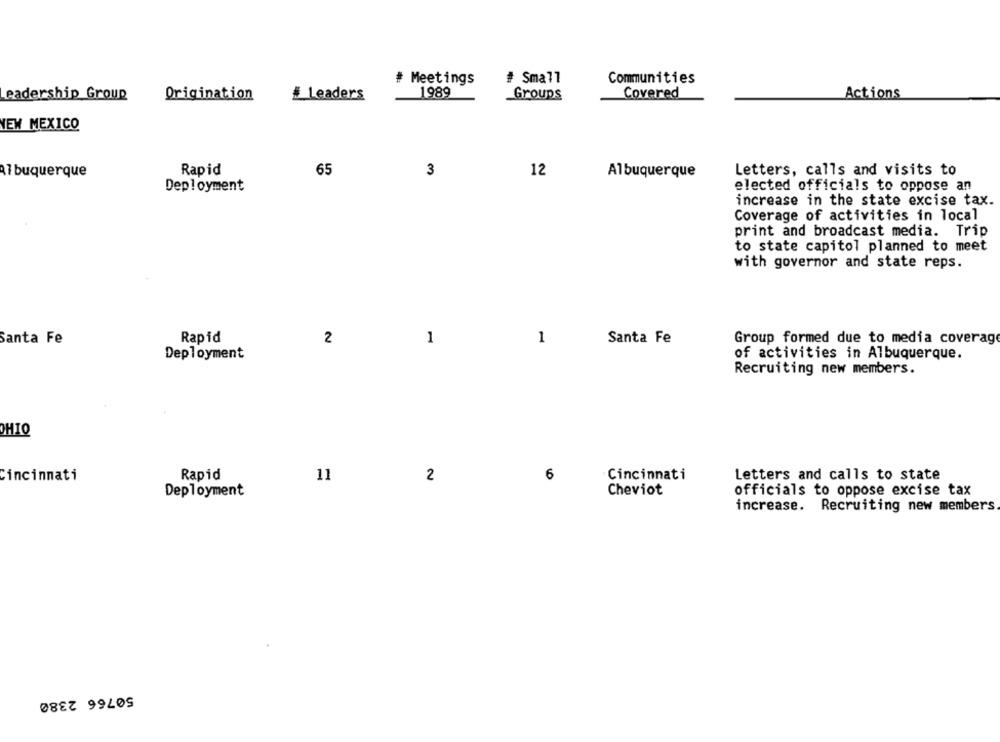
# Meetings
# Small
Communities
eadership Group
Origination
# Leaders
1989
Groups
Covered
Actions
NEW MEXICO
Rapid
3
12
27 buquerque
65
Albuquerque
Letters, calls and visits to
Deployment
elected officials to oppose an
increase in the state excise tax.
Coverage of activities in local
print and broadcast media. Trip
to state capitol planned to meet
with governor and state reps.
Santa Fe
Rapid
2
1
1
Santa Fe
Group formed due to media coverage
Deployment
of activities in Albuquerque.
Recruiting new members.
OHIO
Cincinnati
Rapid
11
2
6
Cincinnati
Letters and calls to state
Deployment
Cheviot
officials to oppose excise tax
increase. Recruiting new members
50766 2380